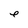
Character: e